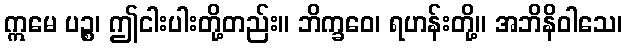
ဣမေ ပဉ္စ၊ ဤငါးပါးတို့တည်း။ ဘိက္ခဝေ၊ ရဟန်းတို့။ အဘိနိဝါသေ၊